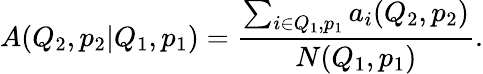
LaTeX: A(Q_{2},p_{2}|Q_{1},p_{1})=\frac{\sum_{i\in Q_{1},p_{1}}a_{i}(Q_{2},p_{2})}{N(Q_{1},p_{1})}.